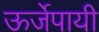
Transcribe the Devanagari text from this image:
ऊर्जेपायी